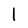
Character: 1